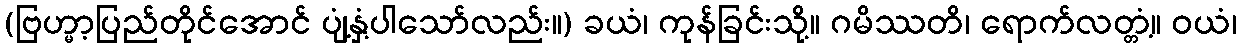
(ဗြဟ္မာ့ပြည်တိုင်အောင် ပျံ့နှံ့ပါသော်လည်း။) ခယံ၊ ကုန်ခြင်းသို့။ ဂမိဿတိ၊ ရောက်လတ္တံ့။ ဝယံ၊